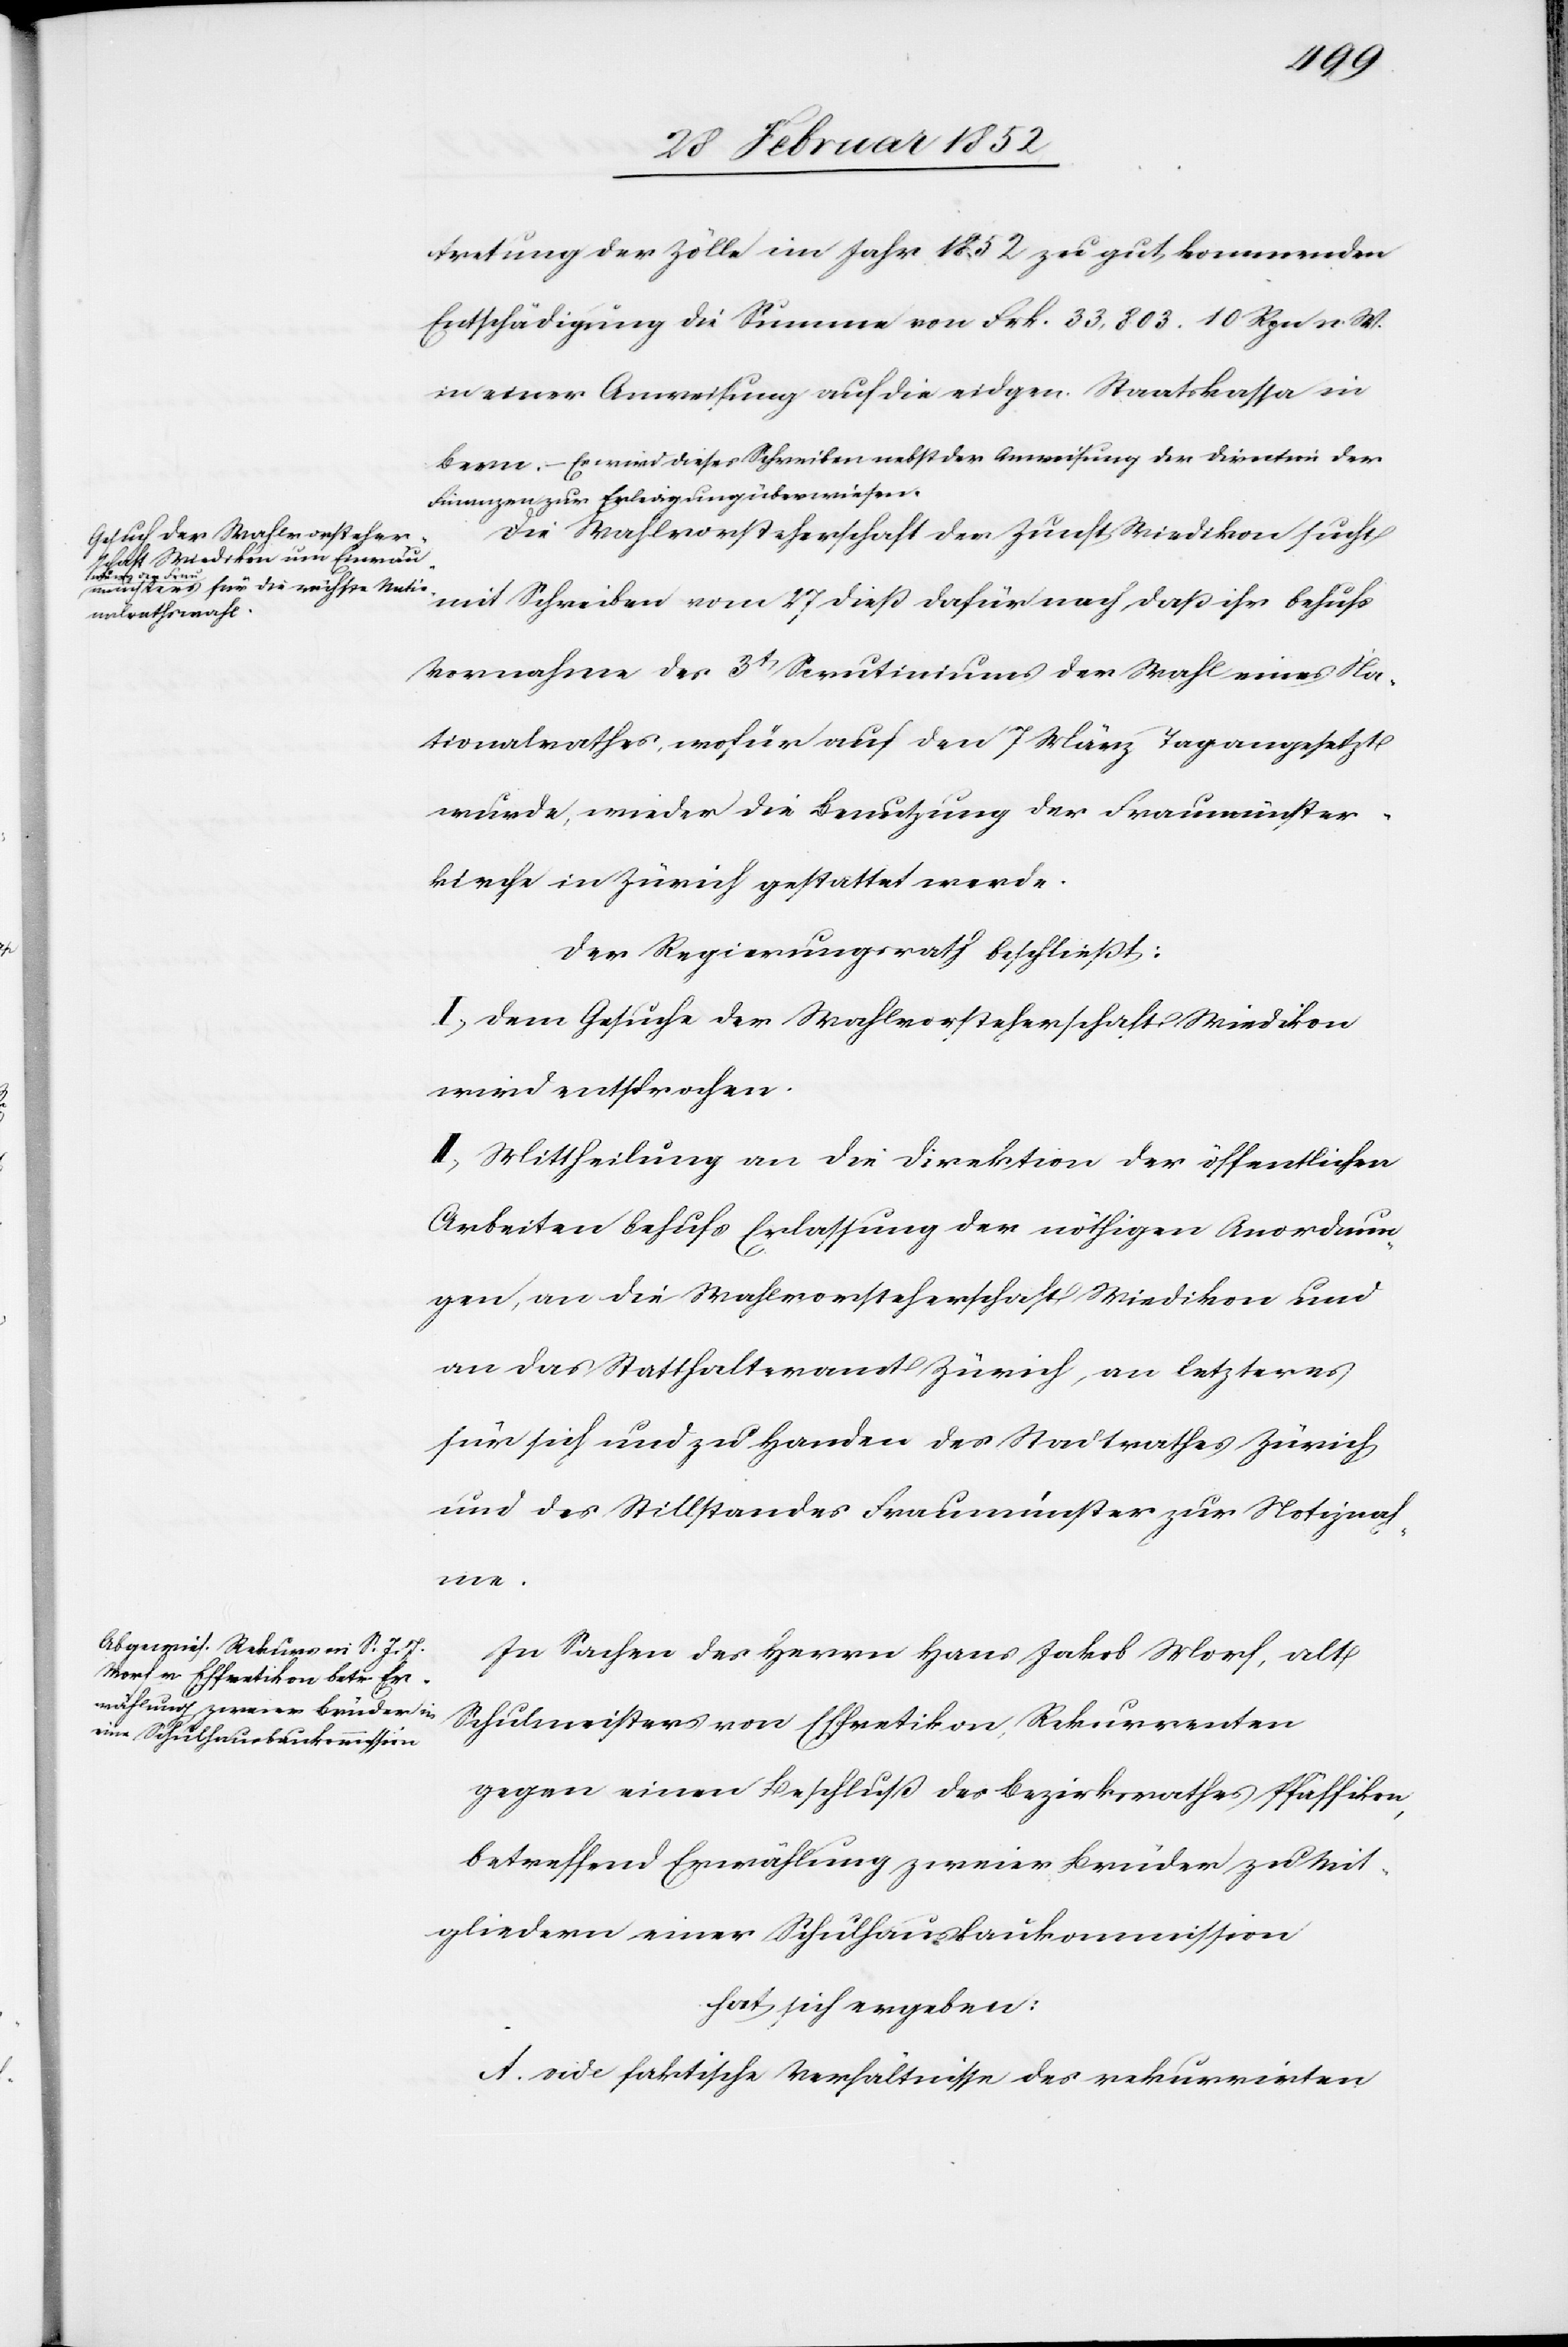
me.

tretung der Zölle im Jahr 1852 zu gut kommenden
Entschädigung die Summe von Frk. 33,803. 10 Rpn n. W.
in einer Anweisung auf die eidgen. Staatskassa in
Bern. – Es wird dieses Schreiben nebst der Anweisung der Direktion der
Finanzen zur Erledigung überwiesen.
Die Wahlvorsteherschaft der Zunft Wiedikon sucht
mit Schreiben vom 27 dieß dafür nach daß ihr behufs
Vornahme des 3t Scrutiniums der Wahl eines Na¬
tionalrathes, wofür auf den 7 März Tag angesetzt
wurde, wieder die Benutzung der Fraumünster¬
kirche in Zürich gestattet werde.
Der Regierungsrath beschließt:
I.) Dem Gesuche der Wahlvorsteherschaft Wiedikon
wird entsprochen.
II.) Mittheilung an die Direktion der öffentlichen
Arbeiten behufs der Erlassung der nöthigen Anordnun¬
gen an die Wahlvorsteherschaft Wiedikon und
an das Statthalteramt Zürich, an letzteres
für sich und zu Handen des Stadtrathes Zürich
und des Stillstandes Fraumünster zur Notiznah¬
In Sachen des Herrn Hans Jakob Morf, alt
Schulmeisters von Effretikon, Rekurrenten
gegen einen Beschluß des Bezirksrathes Pfäffikon,
betreffend Erwählung zweier Brüder zu Mit¬
gliedern einer Schulhausbaukommission
hat sich ergeben:
A. vide faktische Verhältnisse des rekurrirten